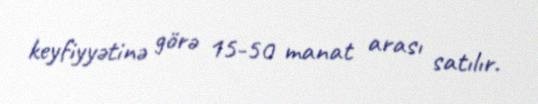
keyfiyyətinə görə 15-50 manat arası satılır.